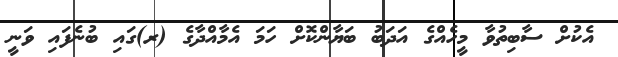
އެކުށް ސާބިތުވާ މީހެއްގެ އަދަބު ބަޔާންކޮށް ހަމަ އެމާއްދާގެ (ރ)ގައި ބުނެފައި ވަނީ